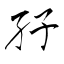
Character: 孖